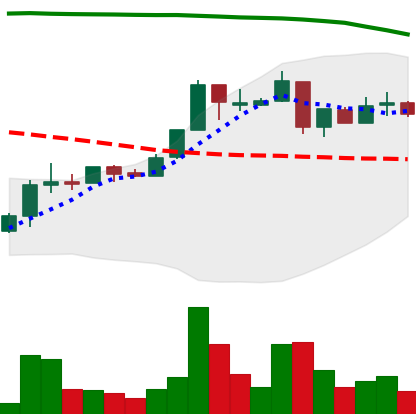
Ticker: XRP-USD
Chart end date: 2018-04-30
Forward return: 8.016%
Label: up_7plus